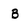
Character: B